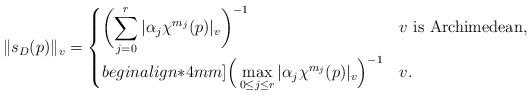
LaTeX: \begin{align*} \|s_{D}(p)\|_{v}=\begin{cases}{\bigg({\displaystyle \sum_{j=0}^{r}|\alpha_{j} \chi^{m_{j}}(p)|_{v}}\bigg)^{-1}} & v \text{ is Archimedean}, \\begin{align*}4mm]\Big(\displaystyle \max_{0\le j\le r}|\alpha_{j} \chi^{m_{j}}(p)|_{v}\Big)^{-1} & v .\end{cases}\end{align*}